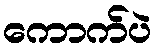
ကောက်ပဲ